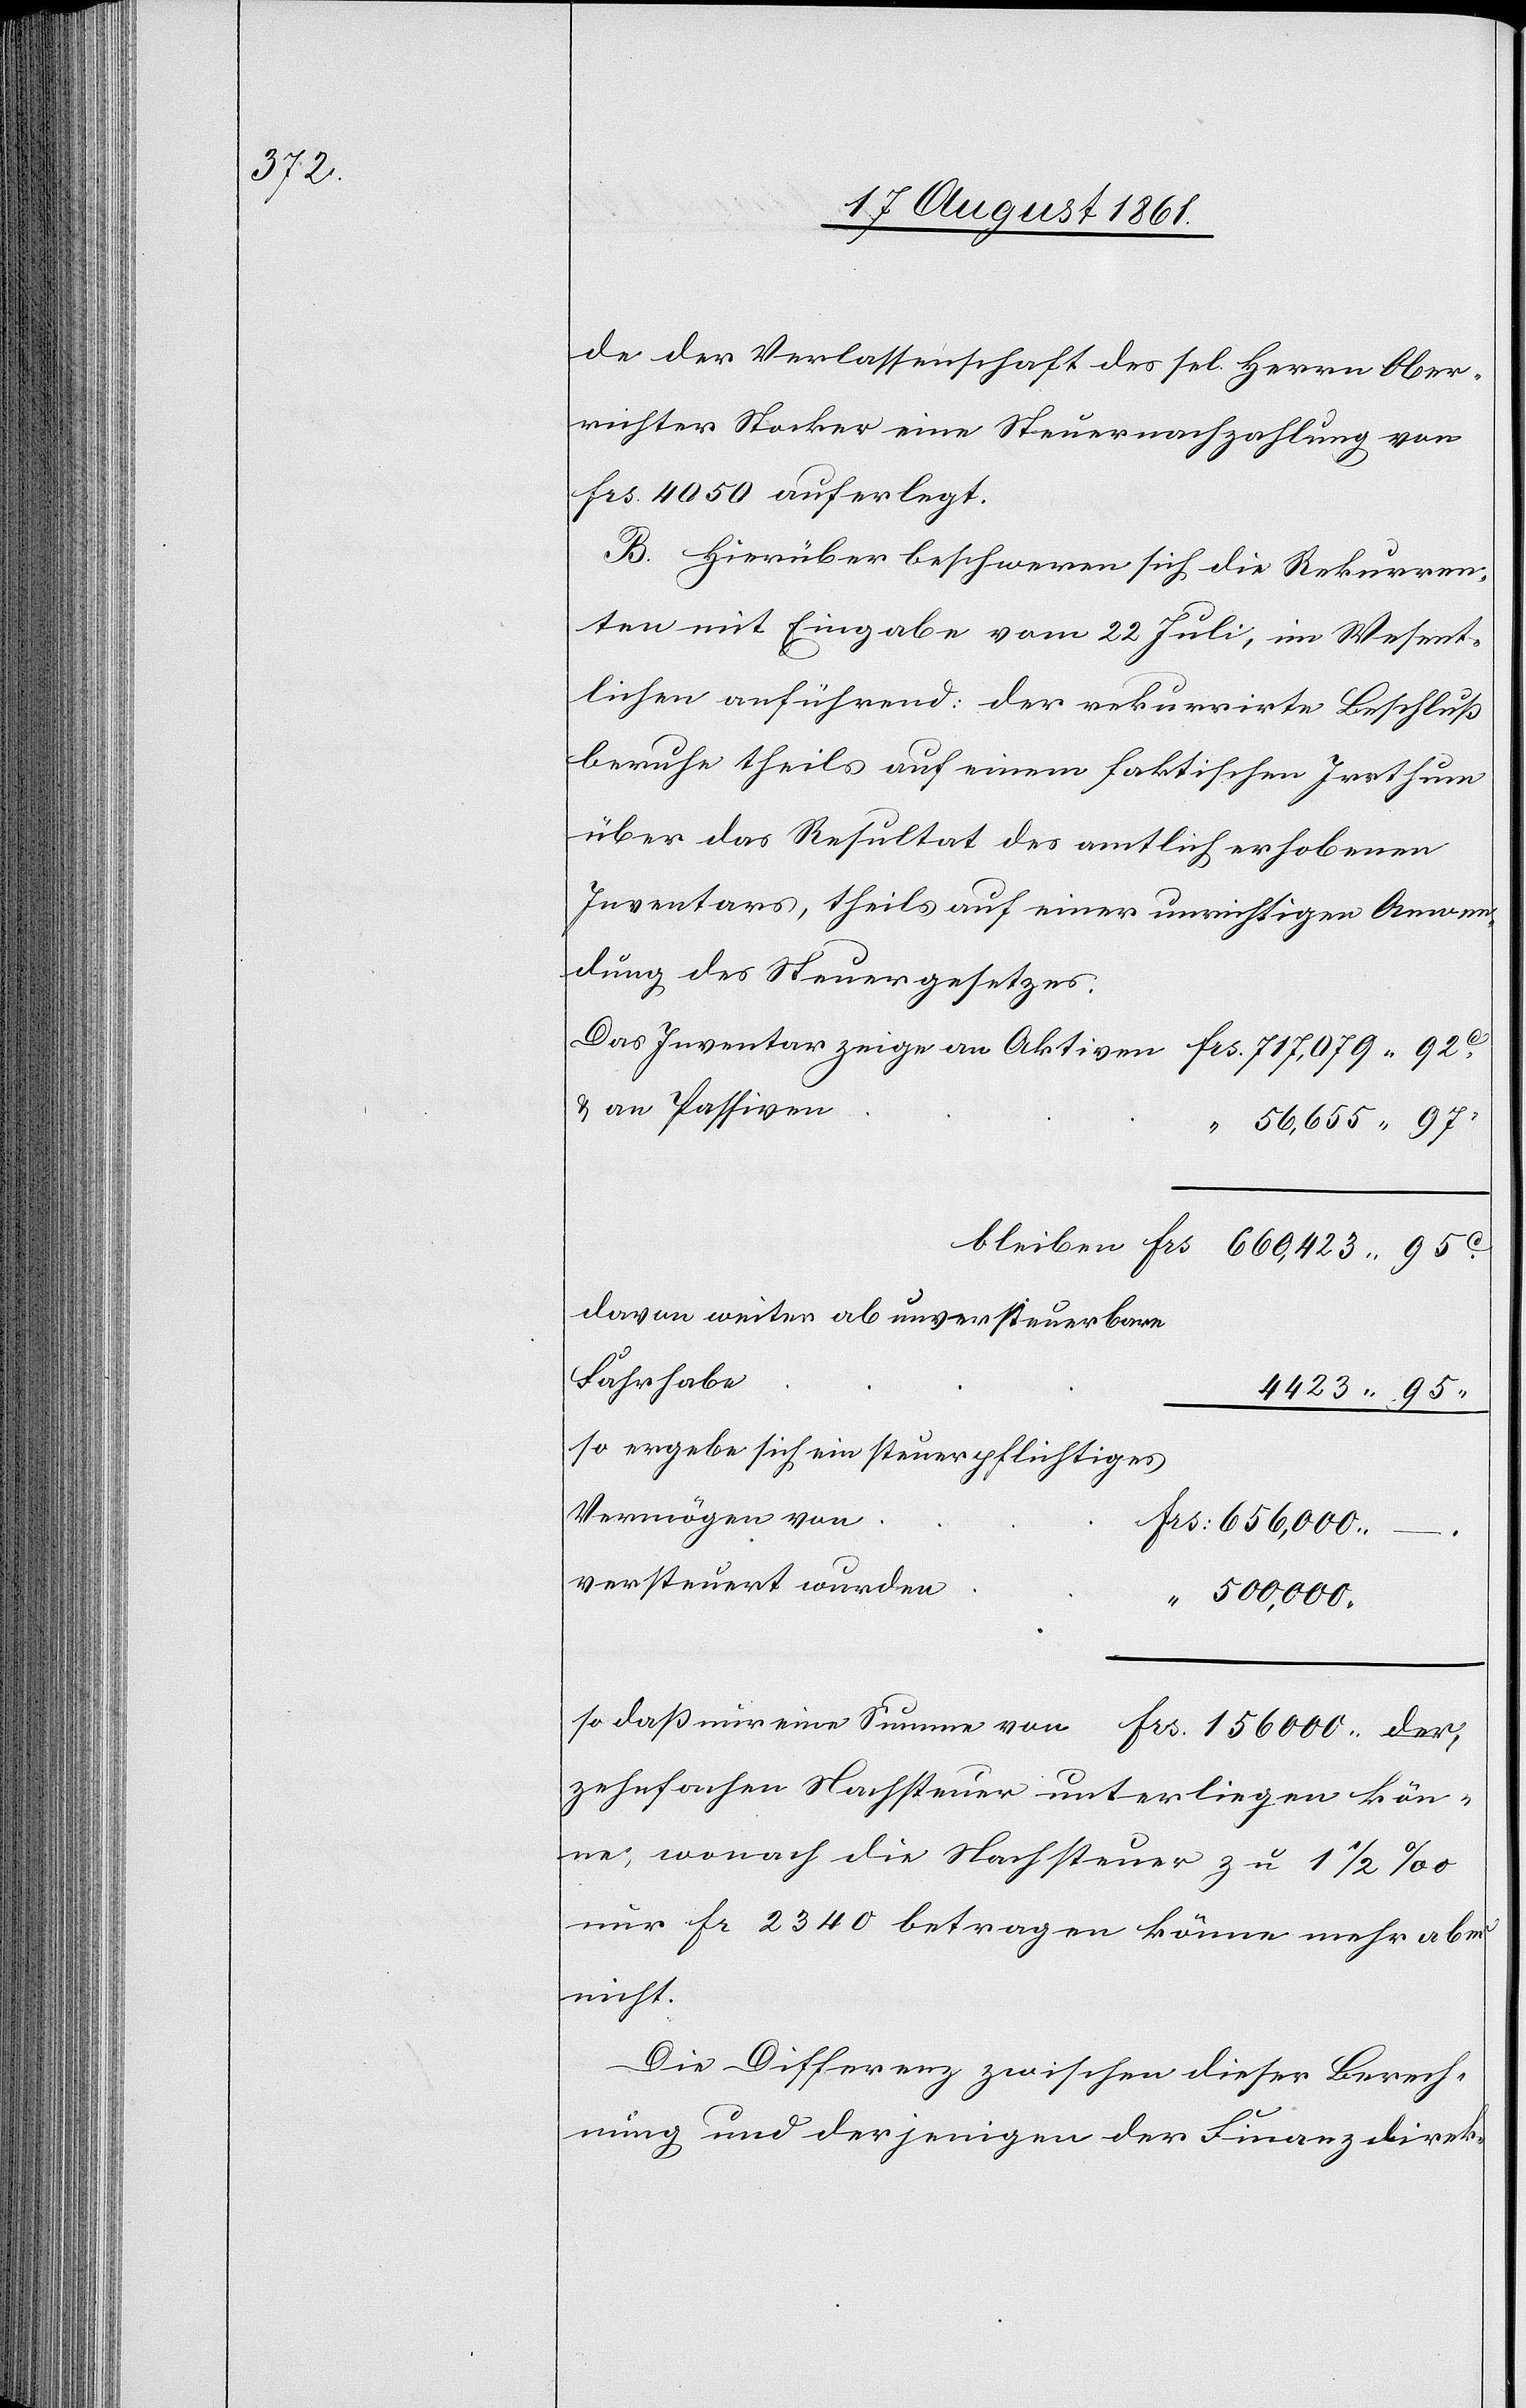
de der Verlassenschaft des sel. Herrn Ober¬
richter Stocker eine Steuernachzahlung von
frs. 4050 auferlegt.
B. Hierüber beschweren sich die Rekurren¬
ten mit Eingabe vom 22 Juli, im Wesent¬
lichen anführend: der rekurrirte Beschluß
beruhe theils auf einem faktischen Irrthum
über das Resultat des amtlich erhobenen
Inventars, theils auf einer unrichtigen Anwen¬
dung des Steuergesetzes.
Das Inventar zeige an Aktiven						frs. 717,079.92c
56,655.97c
bleiben frs	660,423.95c.
davon weiter ab unversteuerbare
so ergebe sich ein steuerpflichtiges
656,000.–
an
500,000.
so daß nur eine Summe von 						frs. 156000.
zehnfachen Nachsteuer unterliegen kön¬
ne, wonach die Nachsteuer zu 1 1/2 ‰
nur fr 2340 betragen könne mehr aber
nicht.
Die Differenz zwischen dieser Berech¬
nung und derjenigen der Finanzdirek-